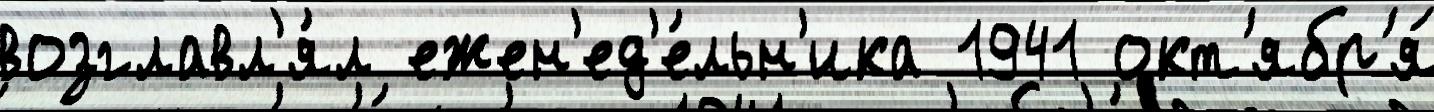
возглавл'я́л ежен'ед'е́льн'ика 1941 окт'ябр'я́